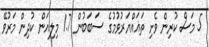
5 މަސް ކުރިން ވެށި ތަޣައްޔަރުވުމުގެ ސަބަބުން 1.7 މިލިއަން ކުދިން މަރުވޭ